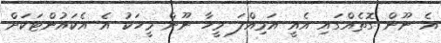
އެ ނޫން ގޮތެއްގައި އެއީ އަމިއްލަ މީހާ ނޫން މީހަކު އެ އެކައުންޓަކަށް